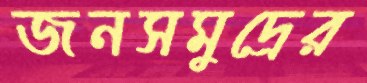
জনসমুদ্রের